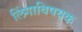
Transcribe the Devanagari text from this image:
लिंगाविषयक